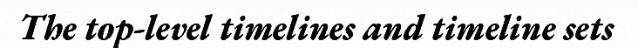
The top-level timelines and timeline sets